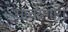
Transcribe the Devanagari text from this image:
सावरणारी